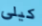
كيلى